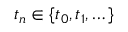
t _ { n } \in \{ t _ { 0 } , t _ { 1 } , \dots \}